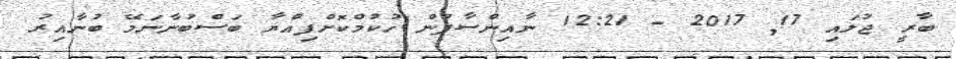
ބާރީ ޖުލައި 17